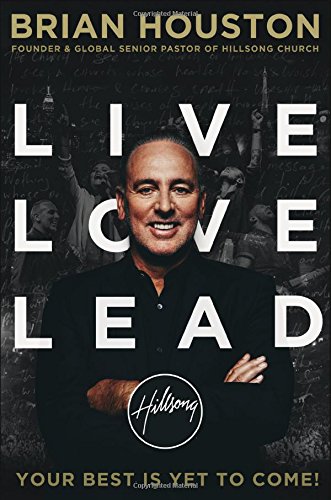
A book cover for Live Love Lead: Your Best Is Yet to Come!; Brian Houston; Christian Books & Bibles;